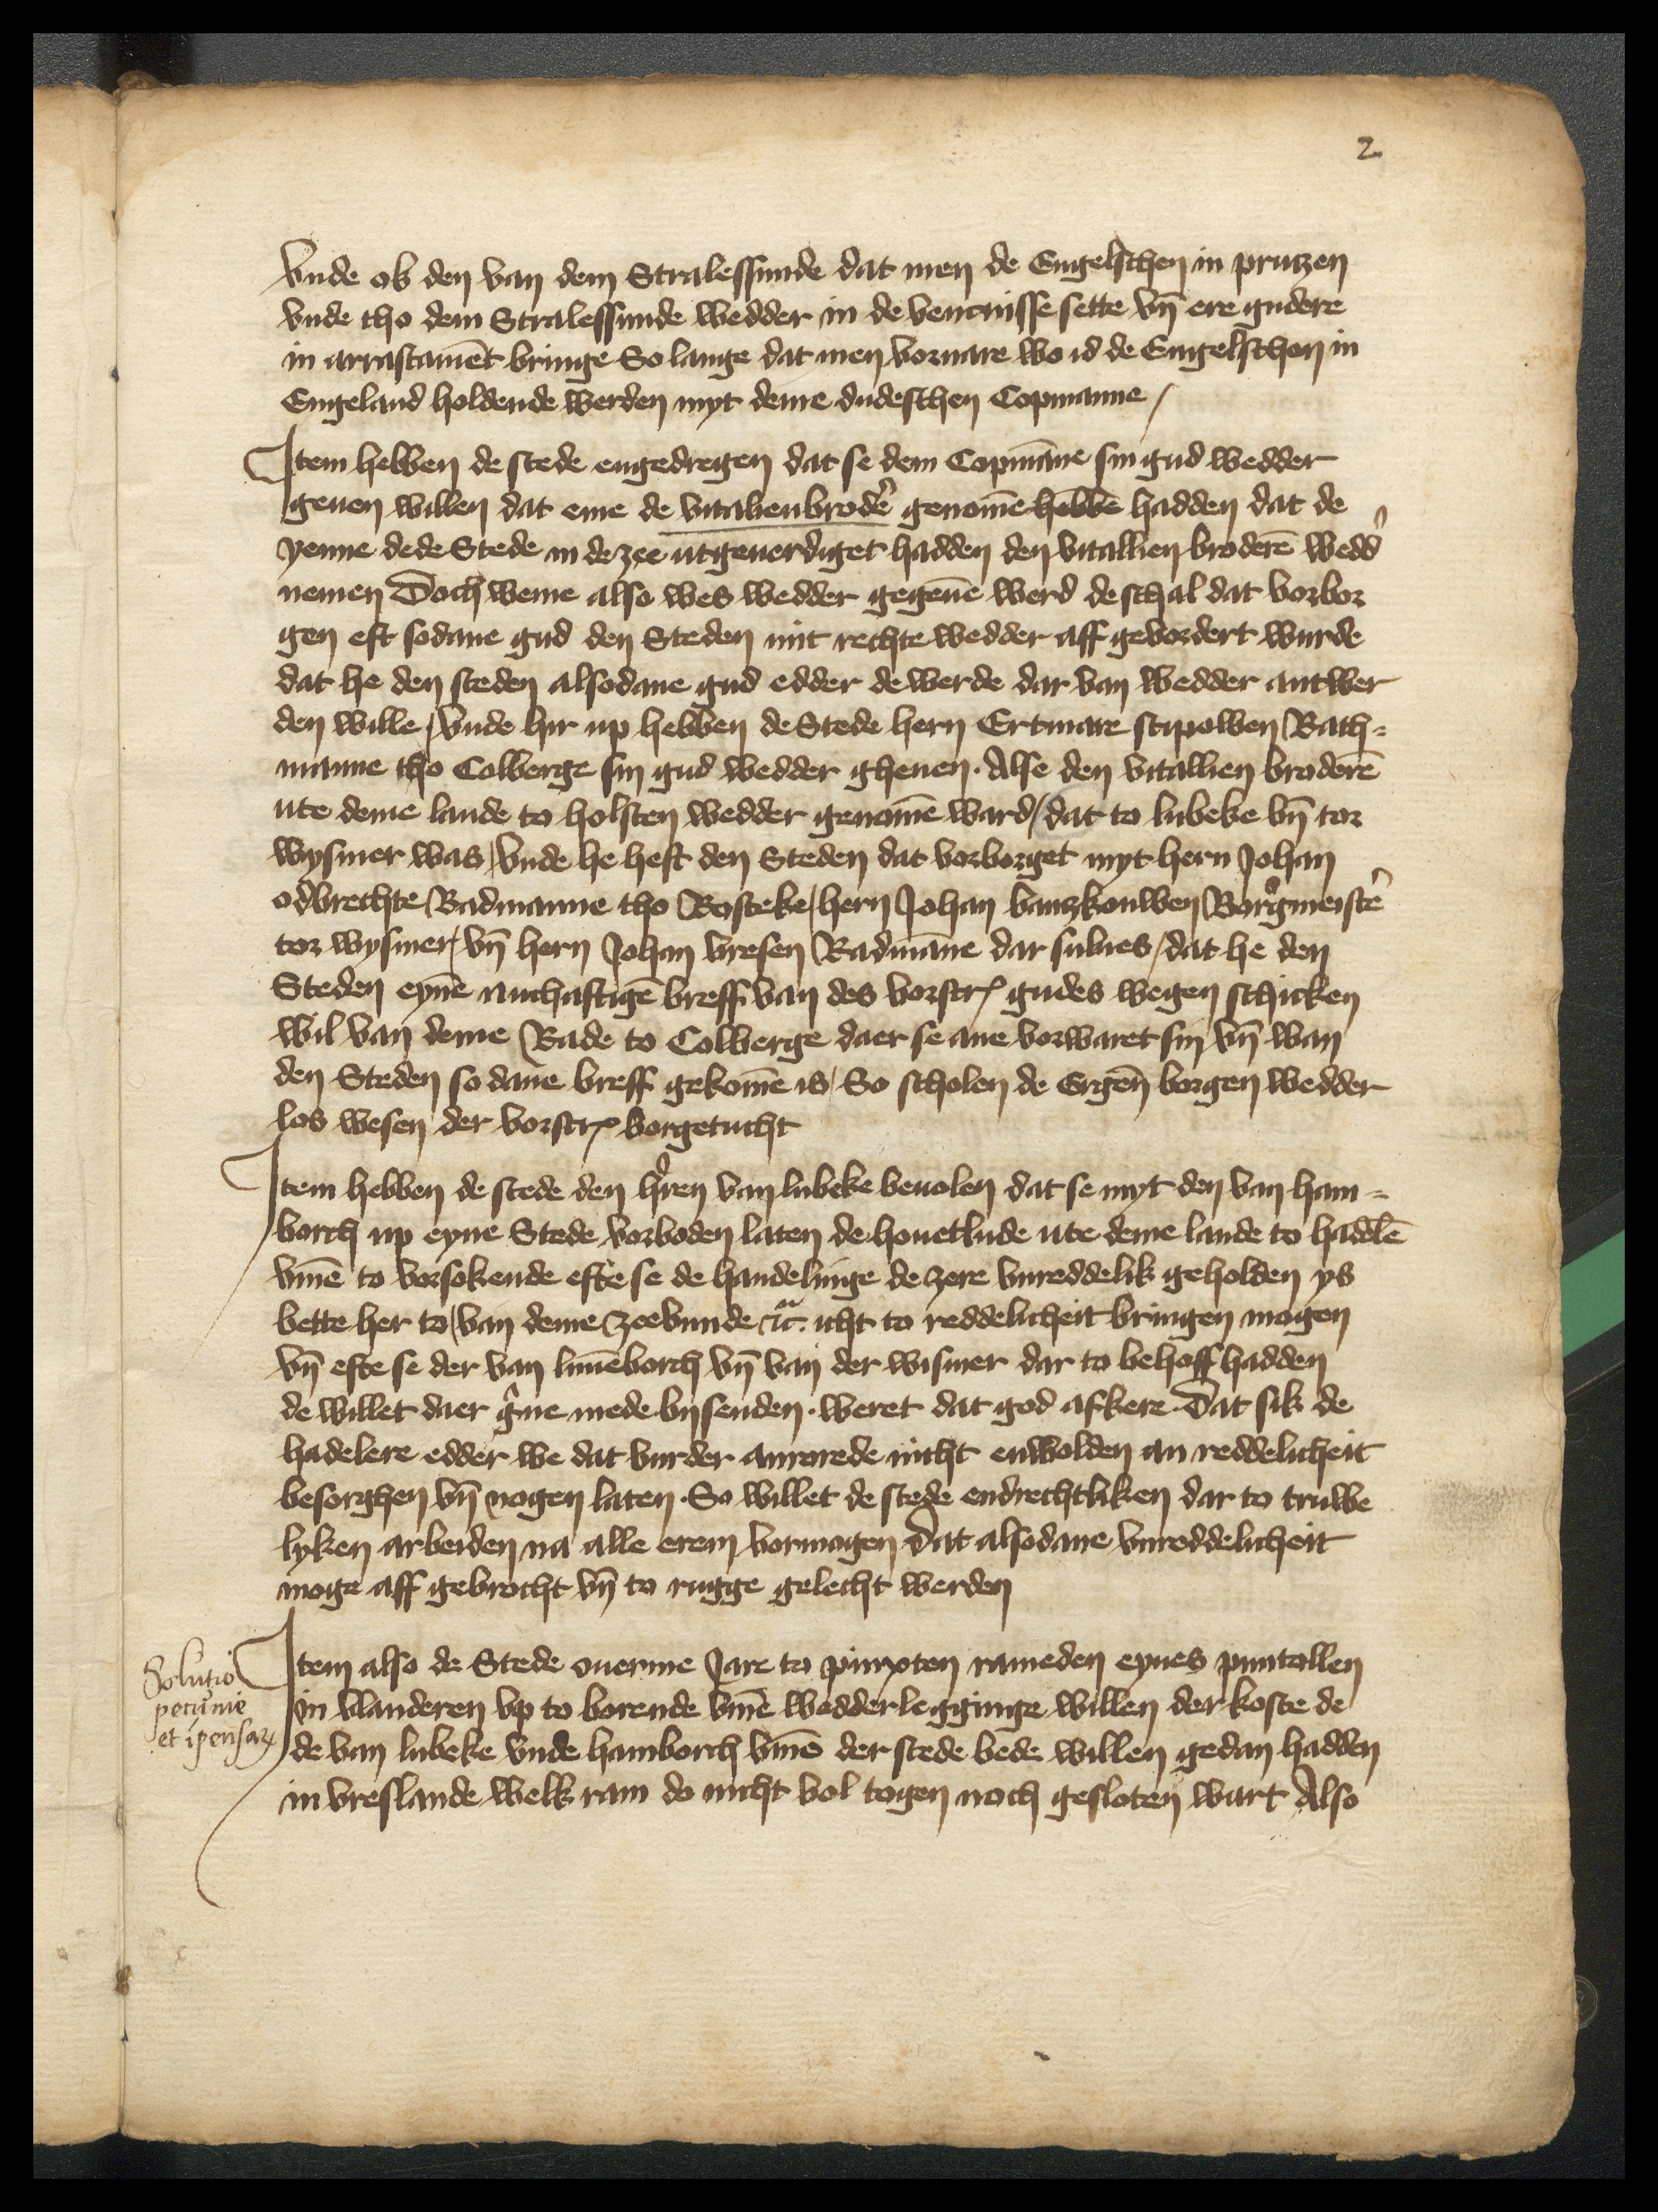
2

vnde ok den van dem Stralessunde dat men de Engelschen in Prutzen
vnde tho dem Stralessunde wedder in de vencnisse sette vnd ere gudere
in arrastament bringe So lange dat men voruare wo id de Engelschen in
Engeland holdende werden myt deme dudeschen Copmanne,

Jtem hebben de stede engedregen dat se dem Copmanne sin gud wedder
geuen willen dat eme de vitalienbroderen genomen hebben hadden dat de
yenne dede Stede in de zee utgeuerdiget hadden den vitallien broderen wedder¬
nemen doch weme also wes wedder gegeuen werd de schal dat vorbor¬
gen eft sodane gud den Steden mit rechte wedder aff gevordert wurde
dat he den steden alsodane gud edder de werde dar van wedder antwer¬
den wille, vnde hir up hebben de Stede hern Ertmare Stipowen Rath¬
manne tho Collberge sin gud wedder gheuen. Alse den vitallien broderen
ute deme lande to holsten wedder genomen ward, dat to Lubeke by tor
Wysmer was, vnde he heft den Steden dat vorborget myt hern Johan
Odbrechte Radmanne tho Rosteke, hern Johan Bankouwen Borgermeister
tor Wysmer vnd hern Johan Vresen Radmanne dar sulues, dat he den
Steden eynen nuchaftigen breff van des vorscreuen gudes wegen schicken
wil van deme Rade to Colberge daer se ane vorwaret syn vnd wan
den Steden so dane breff gekomen is, So scholen de Ergenomeden borgen wedder
los wesen der vorscreuen borgetucht

Jtem hebben de stede den heren van Lubeke beuolen dat se myt den van Ham¬
borch up eyne Stede vorboden laten de houetlude ute deme lande to Hadelen
vmme to vorsokende efte se de handelinge de zere vnreddelik geholden ys
bette her to, van deme zeevunde etcetera icht to reddelicheit bringen mogen
vnd efte se der van Luneborch vnd van der Wismer dar to behoff hadden
de willet daer gerne mede bysenden. weret dat god afkere dat sik de
Hadelere edder we dat vurder anrorede nicht enwolden an reddelicheit
besorghen vnd nogen laten. So willet de stede eendrechtliken dar to truwe
lyken arbeiden na alle erem vormogen dat alsodane vnreddelicheit
moge aff gebrocht vnd to rugge gelecht werden

Jtem also de Stede ouerme Jare to pinxten rameden eynes punttollen
in Vlanderen vp to borende vmme wedderlegginge willen der koste de
de van Lubeke vnde Hamborch vmme der stede bede willen gedan hadden
in Vreslande, welk ram do nicht vol togen noch gesloten wart Also

Solutio
perunie
et ipensar